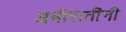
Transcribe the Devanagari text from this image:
अमीरातींनी